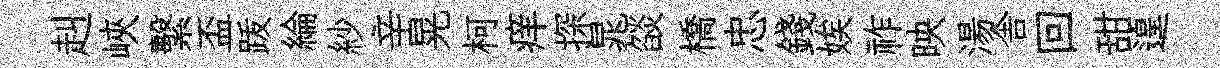
赳峽繫盃䟦綸紗辛晃柯痒探晁燄橋忠錢娭祚映湯舎回甜遑